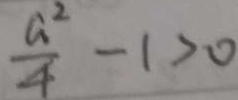
\frac { a ^ { 2 } } { 4 } - 1 > 0